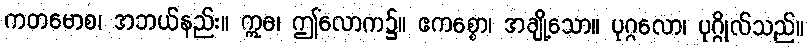
ကတမောစ၊ အဘယ်နည်း။ ဣဓ၊ ဤလောက၌။ ဧကစ္စော၊ အချို့သော။ ပုဂ္ဂလော၊ ပုဂ္ဂိုလ်သည်။